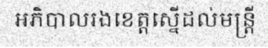
អភិបាលរងខេត្តស្នើដល់មន្ត្រី